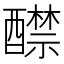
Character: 𨣤